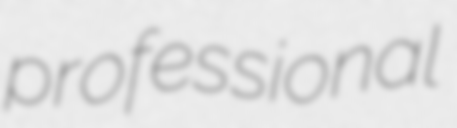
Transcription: professional